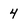
Character: 4